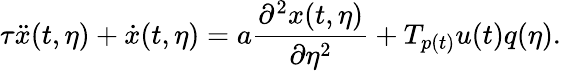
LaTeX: \tau\ddot{x}(t,\eta)+\dot{x}(t,\eta)=a\frac{\partial^{2}x(t,\eta)}{\partial\eta^{2}}+T_{p(t)}u(t)q(\eta).